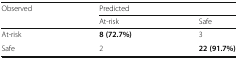
| <ROWSPAN=2> Observed | <COLSPAN=2> Predicted |
 | At-risk | Safe |
 | --- | --- | --- |
 | At-risk | 8 (72.7%) | 3 |
 | Safe | 2 | 22 (91.7%) |